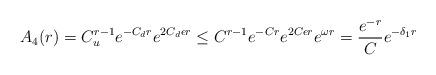
LaTeX: \begin{align*}A_4(r) = C_u^{r-1} e^{-C_d r}e^{2C_d\epsilon r} \leq C^{r-1}e^{-Cr} e^{2C\epsilon r} e^{\omega r} = \frac{e^{-r}}{C} e^{-\delta_1 r} \end{align*}